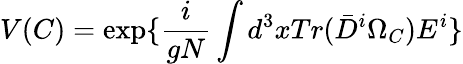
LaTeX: V(C)=\exp\{ {\frac{i}{gN}}\int d^{3}xTr(\bar{D}^{i}\Omega_{C})E^{i}\}